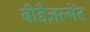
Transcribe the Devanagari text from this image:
बीडैज़ल्मेंट